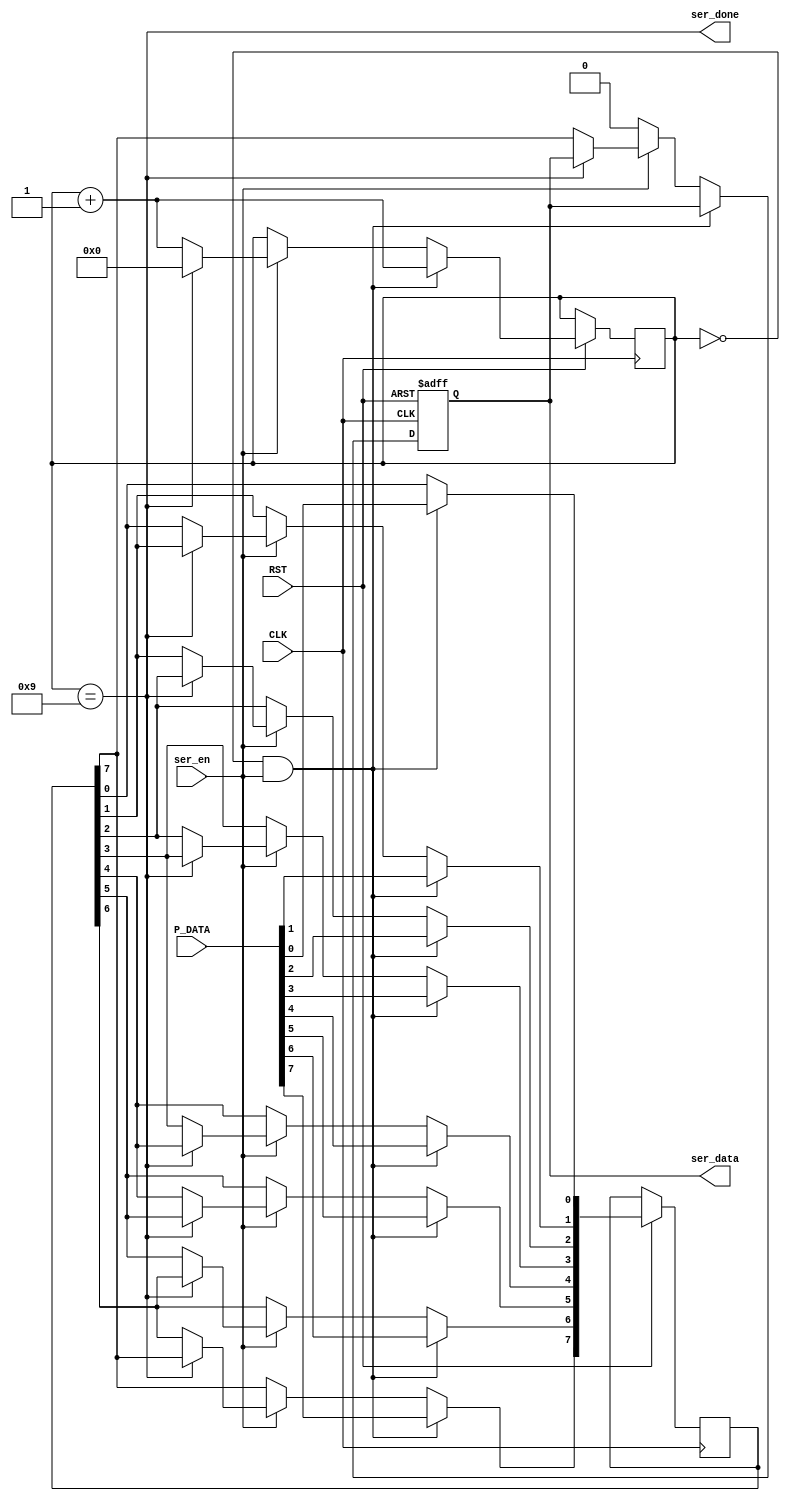
module SERIAL #(parameter IN_width = 8) (
  input [IN_width-1:0]       P_DATA,
  input                      ser_en,
  input                      CLK,RST,

  output                     ser_done,
  output reg                 ser_data);

/////////////////////////////////////
integer               x;
reg [3:0]             counter = 4'b0000;
reg [IN_width-1:0]    data;

/////////////////////////////////////
always @ (posedge CLK or negedge RST) begin
  if (!RST) begin
    ser_data <= 0;
  end
  else if (counter == 4'b0000 && ser_en) begin
    data <= P_DATA;
    counter <= counter + 1;
  end
  else if (ser_en) begin
    if (counter == 4'b1001) begin
      counter <= 4'b0;
    end
    else begin
      ser_data <= data[7];
      for (x=7; x>0; x=x-1) begin
        data[x] <= data[x-1];
      end
      counter <= counter + 1;
    end
  end
  else begin
    ser_data <= 1'b0;
  end
end

assign ser_done = (counter == 4'b1001);

endmodule //